Bombay plague: being a history of the progress of plague in the Bombay presidency from September 1896 to June 1899
Year: 1896
Disease focus: Plague
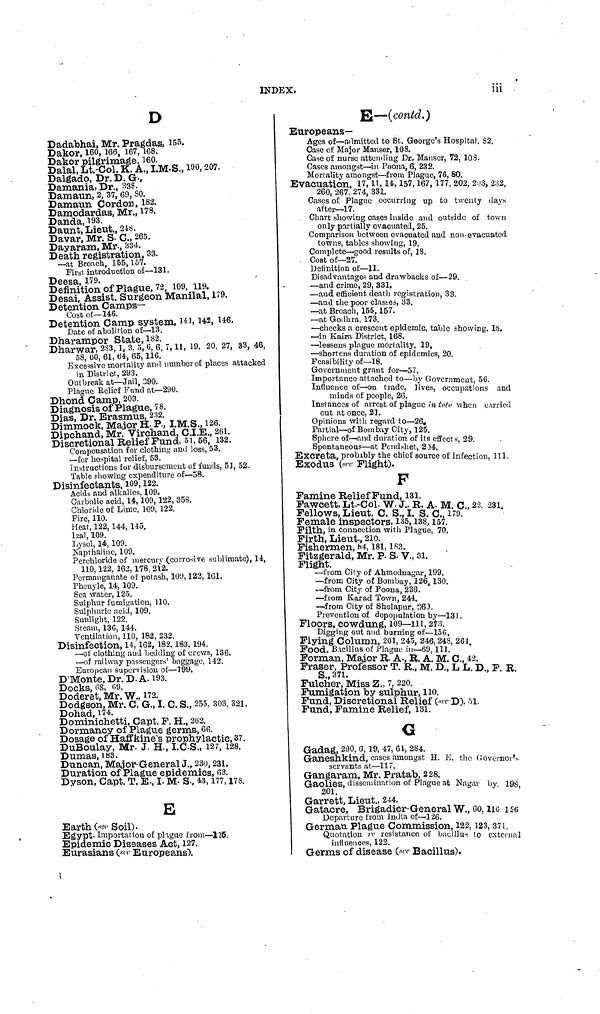
INDEX.
iii
D
Dadabhai, Mr. Pragdas, 155.
Dakor, 160, 166, 167, 168.
Dakor pilgrimage, 160.
Dalal, Lt.-Col. K. A., I.M S., 190, 207.
Dalgado, Dr. D. G ,
Damania, Dr., 338.
Damaun, 2, 37, 69, 30.
Damaun Cordon, 182.
Damodardas, Mr., 178.
Danda, 193.
Daunt, Lieut., 248.
Davar, Mr. S. C., 265.
Dayaram, Mr., 334.
Death registration, 33.
—at Broach, 155, 157.
First introduction of—131.
Deesa, 179.
Definition of Plague, 72, 109, 119.
Desai, Assist. Surgeon Manilal, 179.
Detention Camps-
Cost of—146.
Detention Camp system, 141, 142, 146.
Date of abolition of—13.
Dharampor
Sate,
182.
Dharwar, 283, 1, 3. 5, 6, 6, 7, 11, 19, 20, 27, 33, 46,
58, 60, 61, 64, 65, 116.
Excessive mortality and number of places attacked
in District, 293.
Outbreak at—Jail, 290.
Plague Relief Fund at—290.
Dhond Camp, 203.
Diagnosis of Plague, 78.
Dias, Dr. Erasmus, 232.
Dimmock, Major H. P., I.M.S., 126.
Dipchand, Mr. Virchand, C.I.E., 261.
Discretional Relief Fund, 51, 56, 132.
Compensation for clothing and loss, 53.
—for hospital relief, 53.
Instructions for disbursement of funds, 51, 52.
Table showing expenditure of—58.
Disinfectants, 109, 122.
Acids and alkalies, 109.
Carbolic acid, 14, 109, 122, 358.
Chloride of Lime, 109, 122.
Fire, 110.
Heat, 122, 144, 145.
Izal, 109.
Lysol, 14, 109.
Napthaline, 109.
Perchloride of mercury (corrosive sublimate), 14,
110, 122, 162, 178, 212.
Permanganate of potash, 109, 122, 161.
Phenyle, 14, 109.
Sea water, 125.
Sulphur fumigation, 110.
Sulphuric acid, 109.
Sunlight, 122.
Steam, 136, 144.
Ventilation, 110, 182, 232.
Disinfection, 14, 162, 182, 183, 194.
—of clothing and bedding of crews, 136.
—of railway passengers' baggage. 142.
European supervision of—199.
D Monte, Dr. D. A. 193.
Docks, 68, 69.
Doderet, Mr. W., 172.
Dodgson, Mr. C. G., I. C. S., 255, 303, 321.
Dohad, 174.
Dominichetti, Capt. F. H., 262.
Dormancy of Plague germs, 66.
Dosage of Haffkine's prophylactic, 37.
DuBoulay, Mr. J. H., I.C.S., 127, 128.
Dumas, 183.
Duncan, Major-General J., 230, 231.
Duration of Plague epidemics, 63.
Dyson, Capt. T. E., I. M. S., 43, 177, 178.
E
Earth (see Soil).
Egypt. Importation of plague from—125.
Epidemic Diseases Act, 127.
Eurasians (see Europeans).
E—(contd.)
Europeans-
Ages of—admitted to St. George's Hospital, 82.
Case of Major Manser, 108.
Case of nurse attending Dr. Manser, 72, 103.
Cases amongst—in Poona, 6, 232.
Mortality amongst—from Plague, 76, 80.
Evacuation, 17, 11, 14, 157, 167, 177, 202, 203, 232,
260, 267, 274, 331.
Cases of Plague occurring up to twenty days
after—17.
Chart showing cases inside and outside of town
only partially evacuated, 25.
Comparison between evacuated and non-evacuated
towns, tables showing, 19.
Complete—good results of, 18.
Cost of—27.
Definition of—11.
Disadvantages and drawbacks of—29.
—and crime, 29, 331.
—and efficient death registration, 33.
—and the poor classes, 33.
—at Broach, 155, 157.
—at Godhra, 173.
—checks a crescent epidemic, table showing. 18.
—in Kaira District, 168.
—lessens plague mortality, 19.
—shortens duration of epidemics, 20.
Feasibility of—18.
Government grant for—57.
Importance attached to—by Government. 56.
Influence of—on trade, lives, occupations and
minds of people, 26.
Instances of arrest of plague in toto when carried
out at once, 21.
Opinions with regard to—26.
Partial—of Bombay City, 125.
Sphere of—and duration of its effects, 29.
Spontaneous—at Pendshet, 204.
Excreta, probably the chief source of infection. 111.
Exodus (see Flight).
F
Famine Relief Fund, 131.
Faweett Lt.-Col. W. J., R. A. M. C., 22, 231.
Fellows, Lieut. C. S., I. S. C., 179.
Female inspectors, 135, 138, 157.
Filth, in connection with Plague, 70.
Firth, Lieut., 210.
Fishermen, 84, 181, 183.
Fitzgerald, Mr. P. S. V., 31.
Flight.
—from City of Ahmednagar, 199.
—from City of Bombay, 126, 130.
—from City of Poona, 236.
—from Karad Town, 244.
—from City of Sholapur, 260.
Prevention of depopulation by—131.
Floors, cowdung, 109—111, 273.
Digging out and burning of—156.
Flying Column, 201, 245, 246, 248, 261.
Food. Bacillus of Plague in—69, 111.
Forman, Major R. A., R. A. M. C., 42.
Fraser, Professor T. R., M. D., L L. D., F. R.
Fulcher, Miss Z., 7, 220.
Fumigation by sulphur, no.
Fund, Discretional Relief (see D). 51.
Fund, Famine Relief, 181.
G
Gadag, 290, 6, 19, 47, 64, 284.
Ganeshkind, cases amongst H. E. the Governor's
servants at—117.
Gangaram, Mr. Pratab, 228.
Gaolies, dissemination of Plague at Nagar by. 198,
201.
Garrett, Lieut, 244.
Gatacre, Brigadier-General W., 60, 116 126
Departure from India of—126.
German Plague Commission, 122, 123, 371.
Quotation re resistance of bacillus to external
influences, 122.
Germs of disease (see Bacillus).